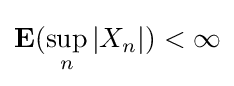
{\mathbf {E} }(\sup _{n}|X_{n}|)<\infty